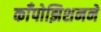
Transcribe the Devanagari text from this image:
काँपोझिशनने